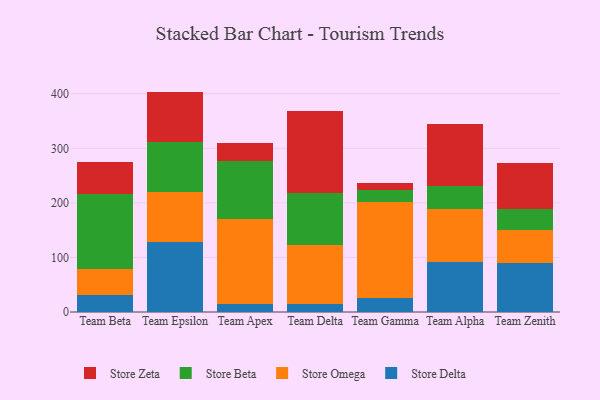
{"axis": {"x": "Team", "y": "Demand Index"}, "legend": ["Store Beta", "Store Delta", "Store Omega", "Store Zeta"], "data": [{"x": "Team Beta", "y": 31.1, "type": "Store Delta"}, {"x": "Team Beta", "y": 47.6, "type": "Store Omega"}, {"x": "Team Beta", "y": 138.2, "type": "Store Beta"}, {"x": "Team Beta", "y": 58.1, "type": "Store Zeta"}, {"x": "Team Epsilon", "y": 128.2, "type": "Store Delta"}, {"x": "Team Epsilon", "y": 91.7, "type": "Store Omega"}, {"x": "Team Epsilon", "y": 92.3, "type": "Store Beta"}, {"x": "Team Epsilon", "y": 91.7, "type": "Store Zeta"}, {"x": "Team Apex", "y": 14.0, "type": "Store Delta"}, {"x": "Team Apex", "y": 157.2, "type": "Store Omega"}, {"x": "Team Apex", "y": 105.1, "type": "Store Beta"}, {"x": "Team Apex", "y": 33.3, "type": "Store Zeta"}, {"x": "Team Delta", "y": 14.6, "type": "Store Delta"}, {"x": "Team Delta", "y": 109.1, "type": "Store Omega"}, {"x": "Team Delta", "y": 94.2, "type": "Store Beta"}, {"x": "Team Delta", "y": 150.9, "type": "Store Zeta"}, {"x": "Team Gamma", "y": 25.5, "type": "Store Delta"}, {"x": "Team Gamma", "y": 175.9, "type": "Store Omega"}, {"x": "Team Gamma", "y": 22.0, "type": "Store Beta"}, {"x": "Team Gamma", "y": 12.7, "type": "Store Zeta"}, {"x": "Team Alpha", "y": 91.5, "type": "Store Delta"}, {"x": "Team Alpha", "y": 96.8, "type": "Store Omega"}, {"x": "Team Alpha", "y": 42.7, "type": "Store Beta"}, {"x": "Team Alpha", "y": 112.9, "type": "Store Zeta"}, {"x": "Team Zenith", "y": 90.6, "type": "Store Delta"}, {"x": "Team Zenith", "y": 60.2, "type": "Store Omega"}, {"x": "Team Zenith", "y": 37.7, "type": "Store Beta"}, {"x": "Team Zenith", "y": 84.8, "type": "Store Zeta"}]}